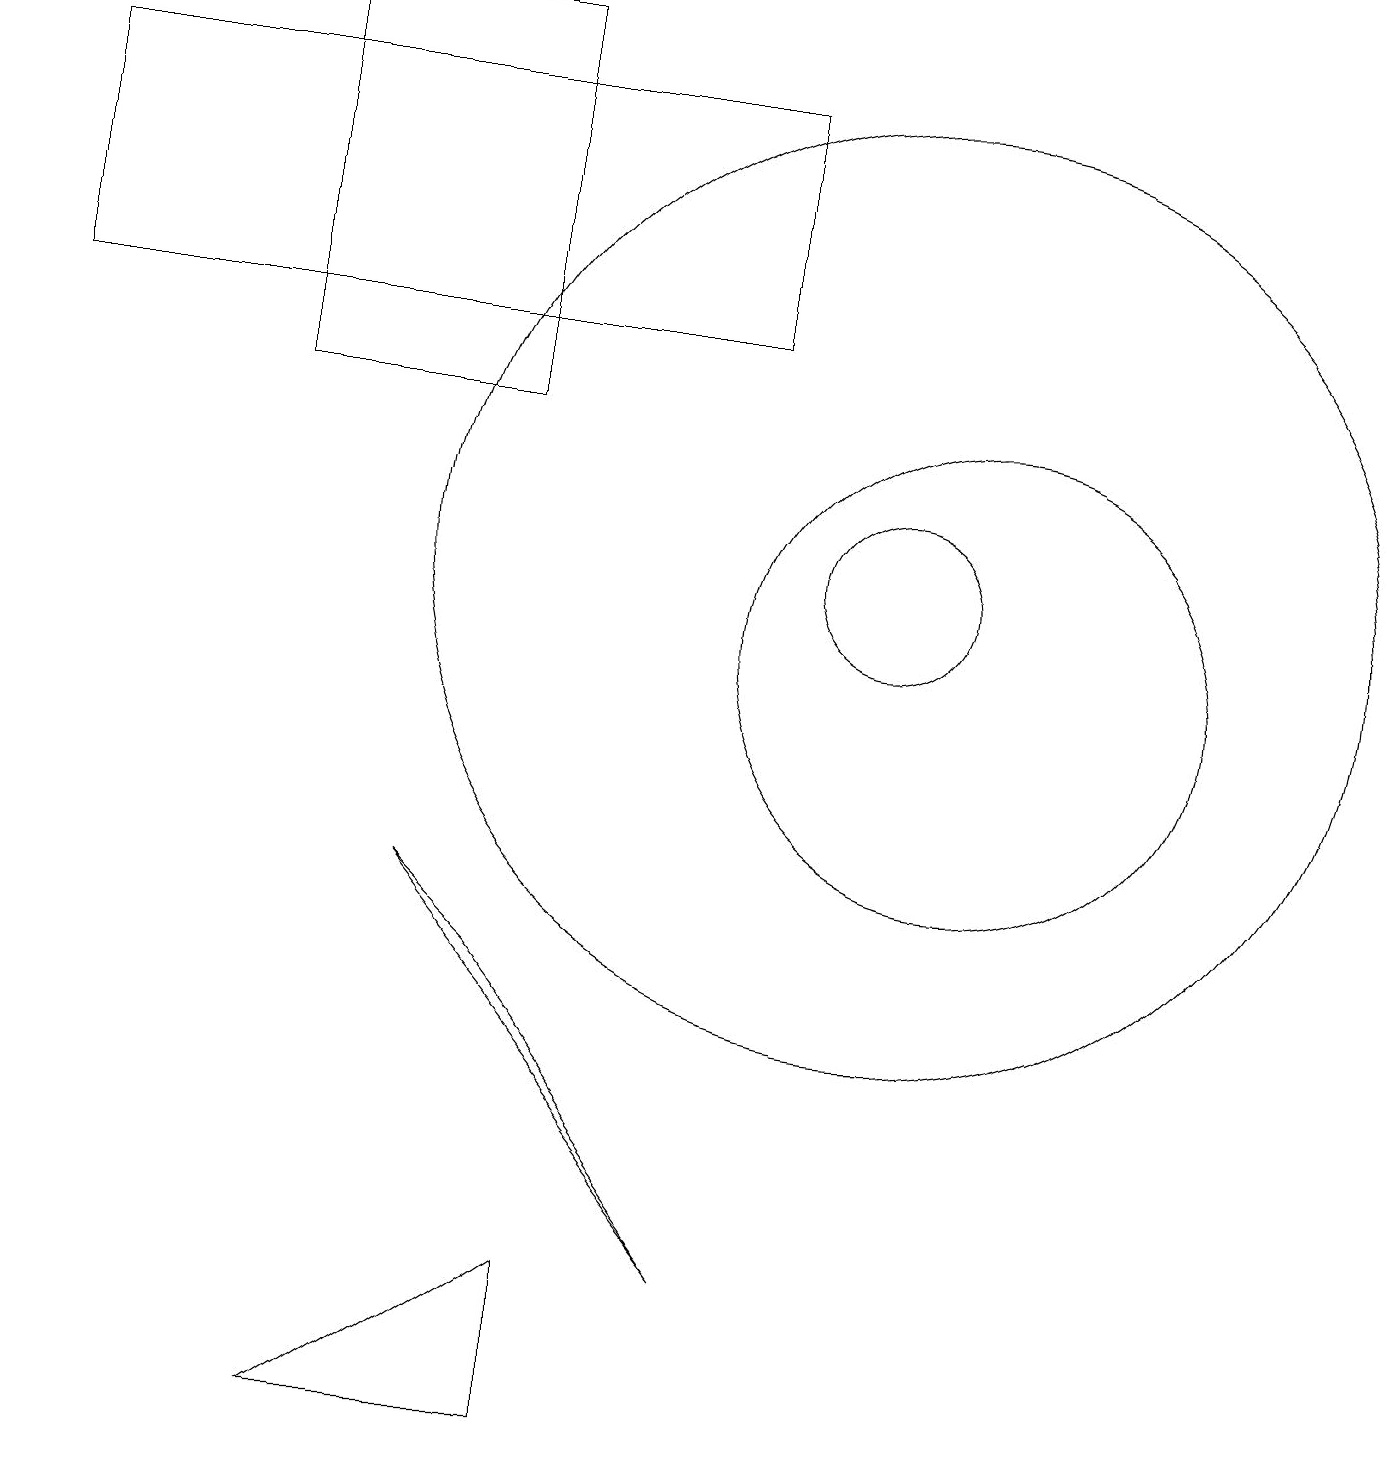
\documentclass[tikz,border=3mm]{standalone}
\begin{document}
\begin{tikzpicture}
\draw (12,10) circle (3);
\draw (5,7) -- (6,6) -- (9,2) -- cycle;
\draw (4,0) -- (7,2) -- (7,0) -- cycle;
\draw (3,18) rectangle (6,13);
\draw (11,11) circle (1);
\draw (11,11) circle (6);
\draw (9,14) rectangle (0,17);
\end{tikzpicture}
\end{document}